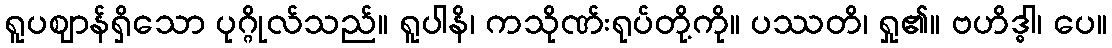
ရူပဈာန်ရှိသော ပုဂ္ဂိုလ်သည်။ ရူပါနိ၊ ကသိုဏ်းရုပ်တို့ကို။ ပဿတိ၊ ရှု၏။ ဗဟိဒ္ဓါ၊ ပေ။